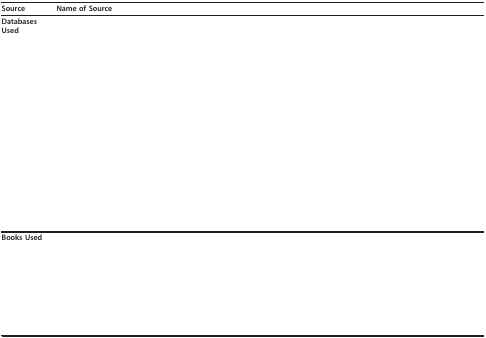
<table><thead><tr><td><b>Source</b></td><td><b>Name of Source</b></td></tr></thead><tbody><tr><td><b>Databases Used</b></td><td>[EMPTY_CELL]</td></tr><tr><td>[EMPTY_CELL]</td><td>[EMPTY_CELL]</td></tr><tr><td>[EMPTY_CELL]</td><td>[EMPTY_CELL]</td></tr><tr><td>[EMPTY_CELL]</td><td>[EMPTY_CELL]</td></tr><tr><td>[EMPTY_CELL]</td><td>[EMPTY_CELL]</td></tr><tr><td>[EMPTY_CELL]</td><td>[EMPTY_CELL]</td></tr><tr><td>[EMPTY_CELL]</td><td>[EMPTY_CELL]</td></tr><tr><td>[EMPTY_CELL]</td><td>[EMPTY_CELL]</td></tr><tr><td>[EMPTY_CELL]</td><td>[EMPTY_CELL]</td></tr><tr><td>[EMPTY_CELL]</td><td>[EMPTY_CELL]</td></tr><tr><td>[EMPTY_CELL]</td><td>[EMPTY_CELL]</td></tr><tr><td>[EMPTY_CELL]</td><td>[EMPTY_CELL]</td></tr><tr><td><b>Books Used</b></td><td>[EMPTY_CELL]</td></tr><tr><td>[EMPTY_CELL]</td><td>[EMPTY_CELL]</td></tr><tr><td>[EMPTY_CELL]</td><td>[EMPTY_CELL]</td></tr><tr><td>[EMPTY_CELL]</td><td>[EMPTY_CELL]</td></tr><tr><td>[EMPTY_CELL]</td><td>[EMPTY_CELL]</td></tr><tr><td>[EMPTY_CELL]</td><td>[EMPTY_CELL]</td></tr><tr><td>[EMPTY_CELL]</td><td>[EMPTY_CELL]</td></tr></tbody></table>